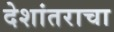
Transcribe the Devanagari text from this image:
देशांतराचा